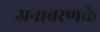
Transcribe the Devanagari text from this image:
अनावरणके